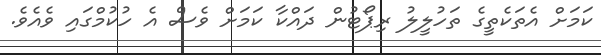
ކަމަށް އެތަކެތީގެ ތަހުލީލު ރިޕޯޓުން ދައްކާ ކަމަށް ވެސް އެ ހުކުމްގައި ވެއެވެ.